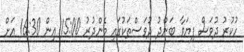
ހުކުރު ދުވަސް ފިޔަވާ ބަންދު ދުވަސްތަކުގައި މެންދުރު 15:00 އިން 16:30 އަށް